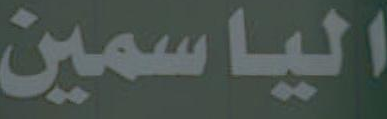
الياسمين